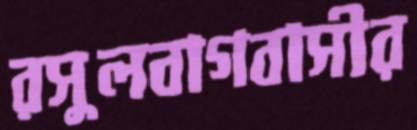
রসুলবাগবাসীর